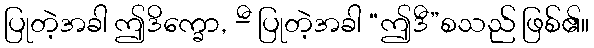
ပြုတဲ့အခါ ဤဒိက္ခော, -ီ ပြုတဲ့အခါ “ဤဒီ”စသည် ဖြစ်၏။